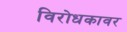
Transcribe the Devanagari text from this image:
विरोधकावर